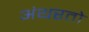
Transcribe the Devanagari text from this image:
अंथरतो